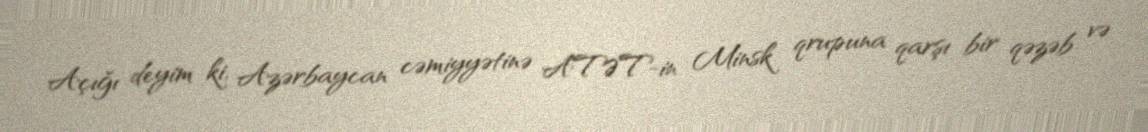
Açığı deyim ki, Azərbaycan cəmiyyətinə ATƏT-in Minsk qrupuna qarşı bir qəzəb və